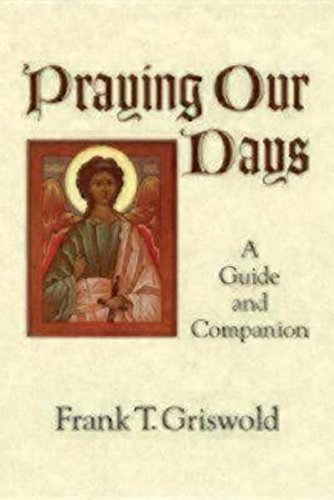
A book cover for Praying Our Days: A Guide and Companion; Frank T. Griswold; Christian Books & Bibles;